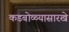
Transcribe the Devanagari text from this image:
कडबोळ्यासारखे